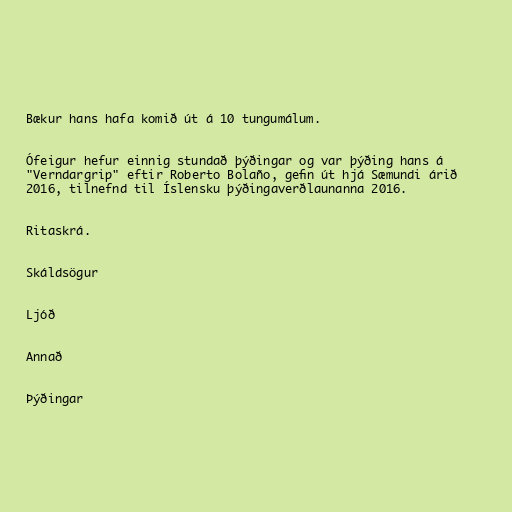
Bækur hans hafa komið út á 10 tungumálum.

Ófeigur hefur einnig stundað þýðingar og var þýðing hans á
"Verndargrip" eftir Roberto Bolaño, gefin út hjá Sæmundi árið
2016, tilnefnd til Íslensku þýðingaverðlaunanna 2016.

Ritaskrá.

Skáldsögur

Ljóð

Annað

Þýðingar